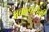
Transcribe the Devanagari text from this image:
प्रकल्पांपैकी